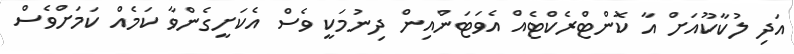
އަދި ލުކާކޫއަށް އާ ކޮންޓްރެކްޓެއް އެވަޓަންއިން ދިނުމަކީ ވެސް އެކަށީގެންވާ ކަމެއް ކަމަށްވެސް